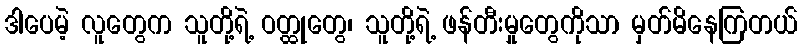
ဒါပေမဲ့ လူတွေက သူတို့ရဲ့ ဝတ္ထုတွေ၊ သူတို့ရဲ့ ဖန်တီးမှုတွေကိုသာ မှတ်မိနေကြတယ်